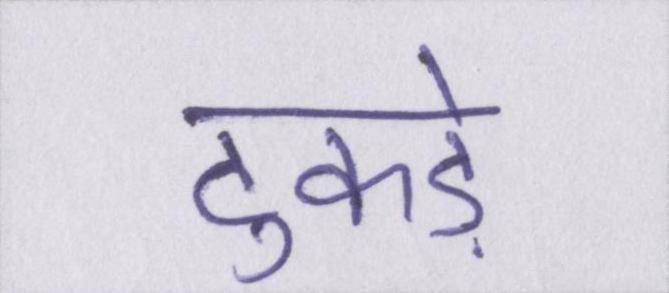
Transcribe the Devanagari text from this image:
टुकड़े